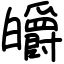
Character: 皭